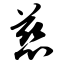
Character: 慈